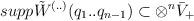
LaTeX: \begin{align*}supp\tilde{W}^{(..)}(q_{1}..q_{n-1})\subset \otimes ^{n}\bar{V}_{+}\end{align*}